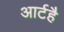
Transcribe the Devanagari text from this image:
आर्टहै